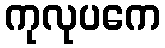
ကုလုပကေ